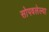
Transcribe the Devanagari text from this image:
सोपवलेल्या